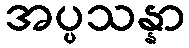
အပ္ပသန္နာ